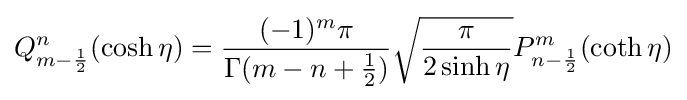
Q_{m-{\frac {1}{2}}}^{n}(\cosh \eta )={\frac {(-1)^{m}\pi }{\Gamma (m-n+{\frac {1}{2}})}}{\sqrt {\frac {\pi }{2\sinh \eta }}}P_{n-{\frac {1}{2}}}^{m}(\coth \eta )